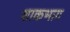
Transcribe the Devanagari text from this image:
शाकभाग